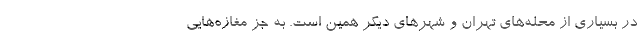
در بسیاری از محله‌‌های تهران و شهرهای دیگر همین است. به جز مغازه‌هایی